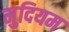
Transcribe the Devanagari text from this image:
मुदियम